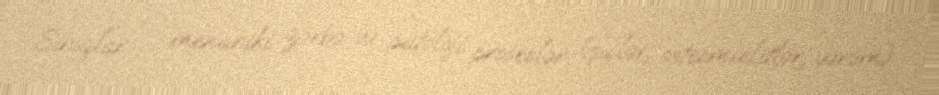
Sınıqlar — mexaniki zərbə və patoloji proseslər (şişlər, osteomielitlər, vərəm)